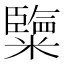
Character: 𥽏